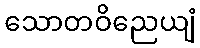
သောတဝိညေယျံ